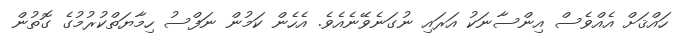
ހައްޤަށް އެއްވެސް އިންސާނަކު އަރައި ނުގަނެވޭނެއެވެ. އެހެން ކަމުން ނަފްސު ހިމާޔަތްކުރުމުގެ ގޮތުން